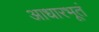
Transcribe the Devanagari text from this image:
आधारभूतं